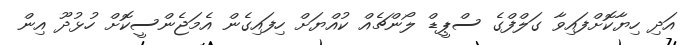
އަދި ހިޔާކޮށްފައިވާ ގަލްފްގެ ސްޕީޑް ލޯންޗެއް ކުއްޔަށް ހިފައިގެން އެމަޖެންސީކޮށް ހުޅުދޫ އިން